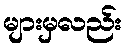
များမှလည်း